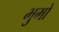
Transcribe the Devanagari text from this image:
भुमो